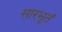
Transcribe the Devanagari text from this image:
सारभूतं